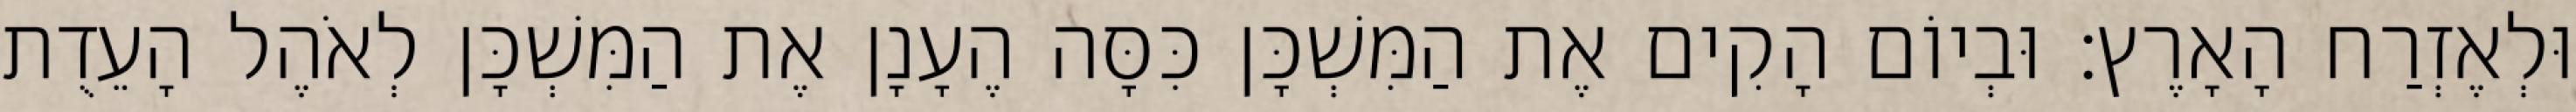
וּלְאֶזְרַח הָאָרֶץ׃ וּבְיוֹם הָקִים אֶת הַמִּשְׁכָּן כִּסָּה הֶעָנָן אֶת הַמִּשְׁכָּן לְאֹהֶל הָעֵדֻת